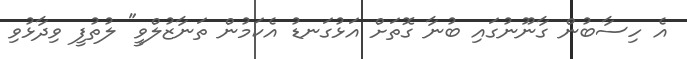
އެ ހިސާބުން ގާނޫނުގައި ބުނާ ގޮތަށް އަޅުގަނޑު އެކަމުން ތަނާޒުލްވީ" ލުތުފީ ވިދާޅުވި